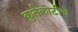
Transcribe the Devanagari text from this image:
कुर्तकोटीचे